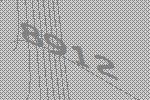
8912